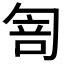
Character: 𠣭